65_HS1-834228961_62-HQ-83894_Section_4
Agency: FBI
Page 112
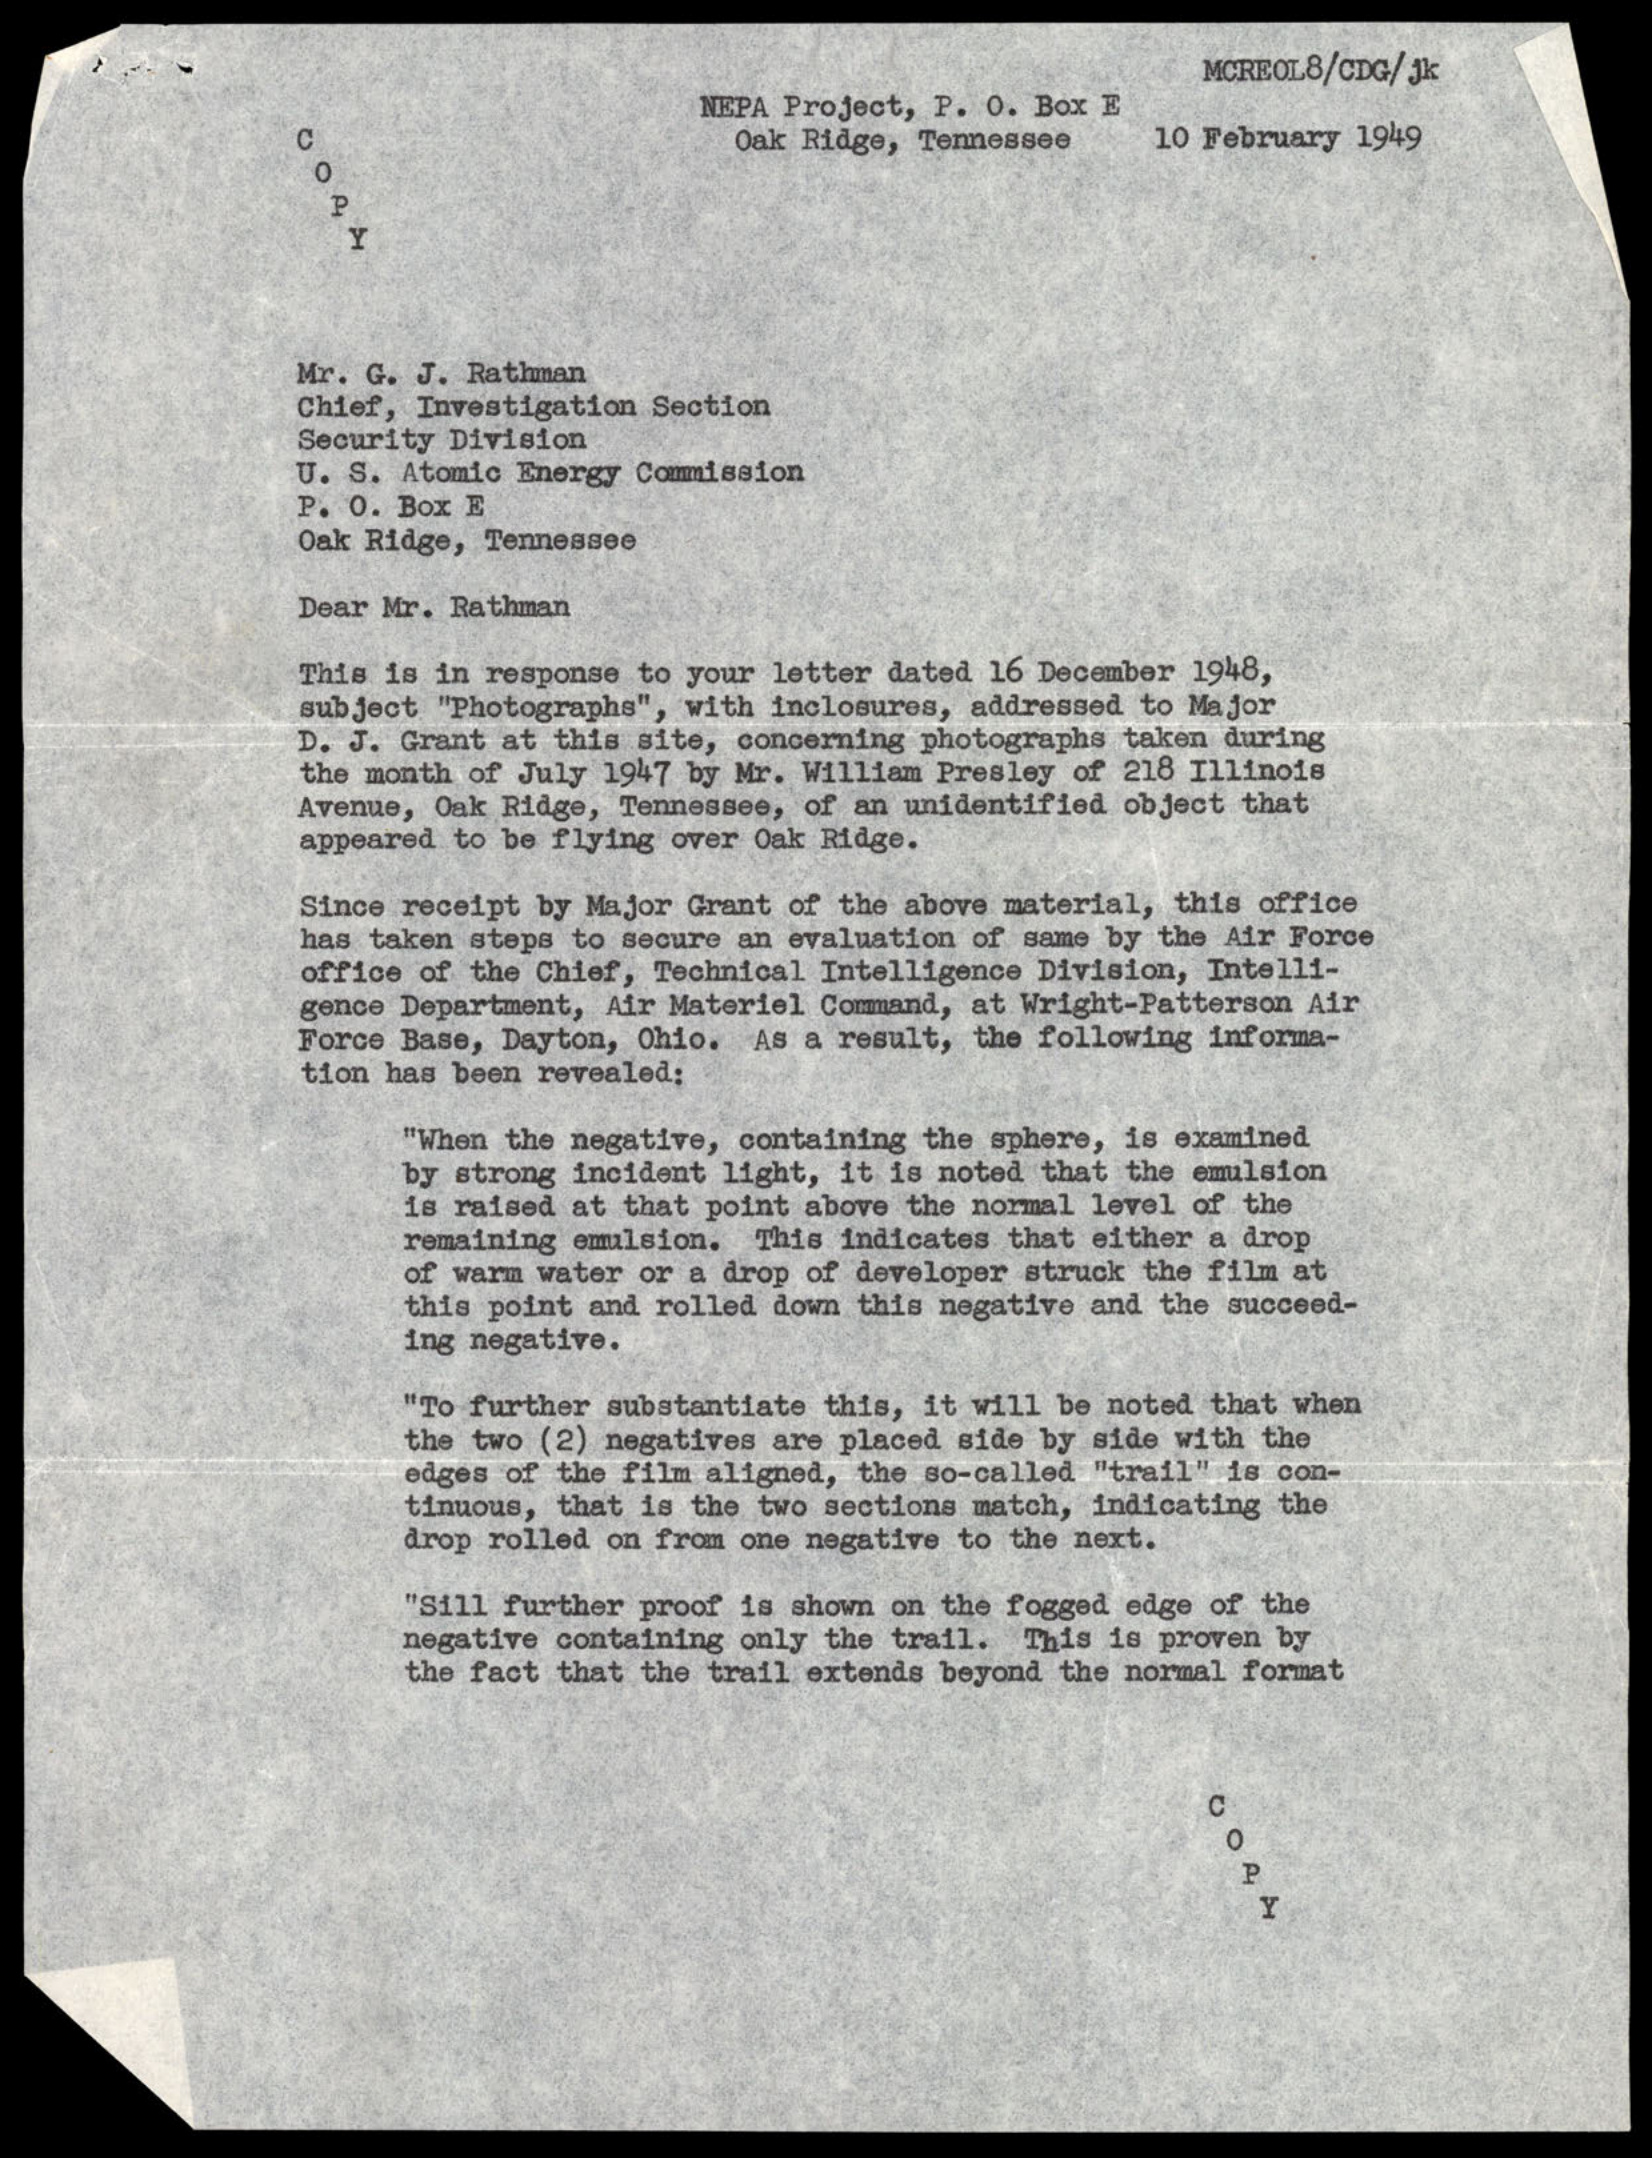